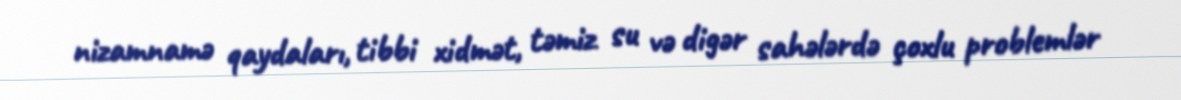
nizamnamə qaydaları, tibbi xidmət, təmiz su və digər sahələrdə çoxlu problemlər